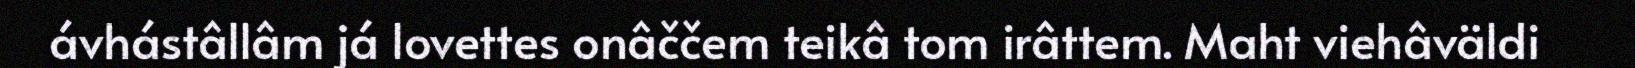
ávhástâllâm já lovettes onâččem teikâ tom irâttem. Maht viehâväldi